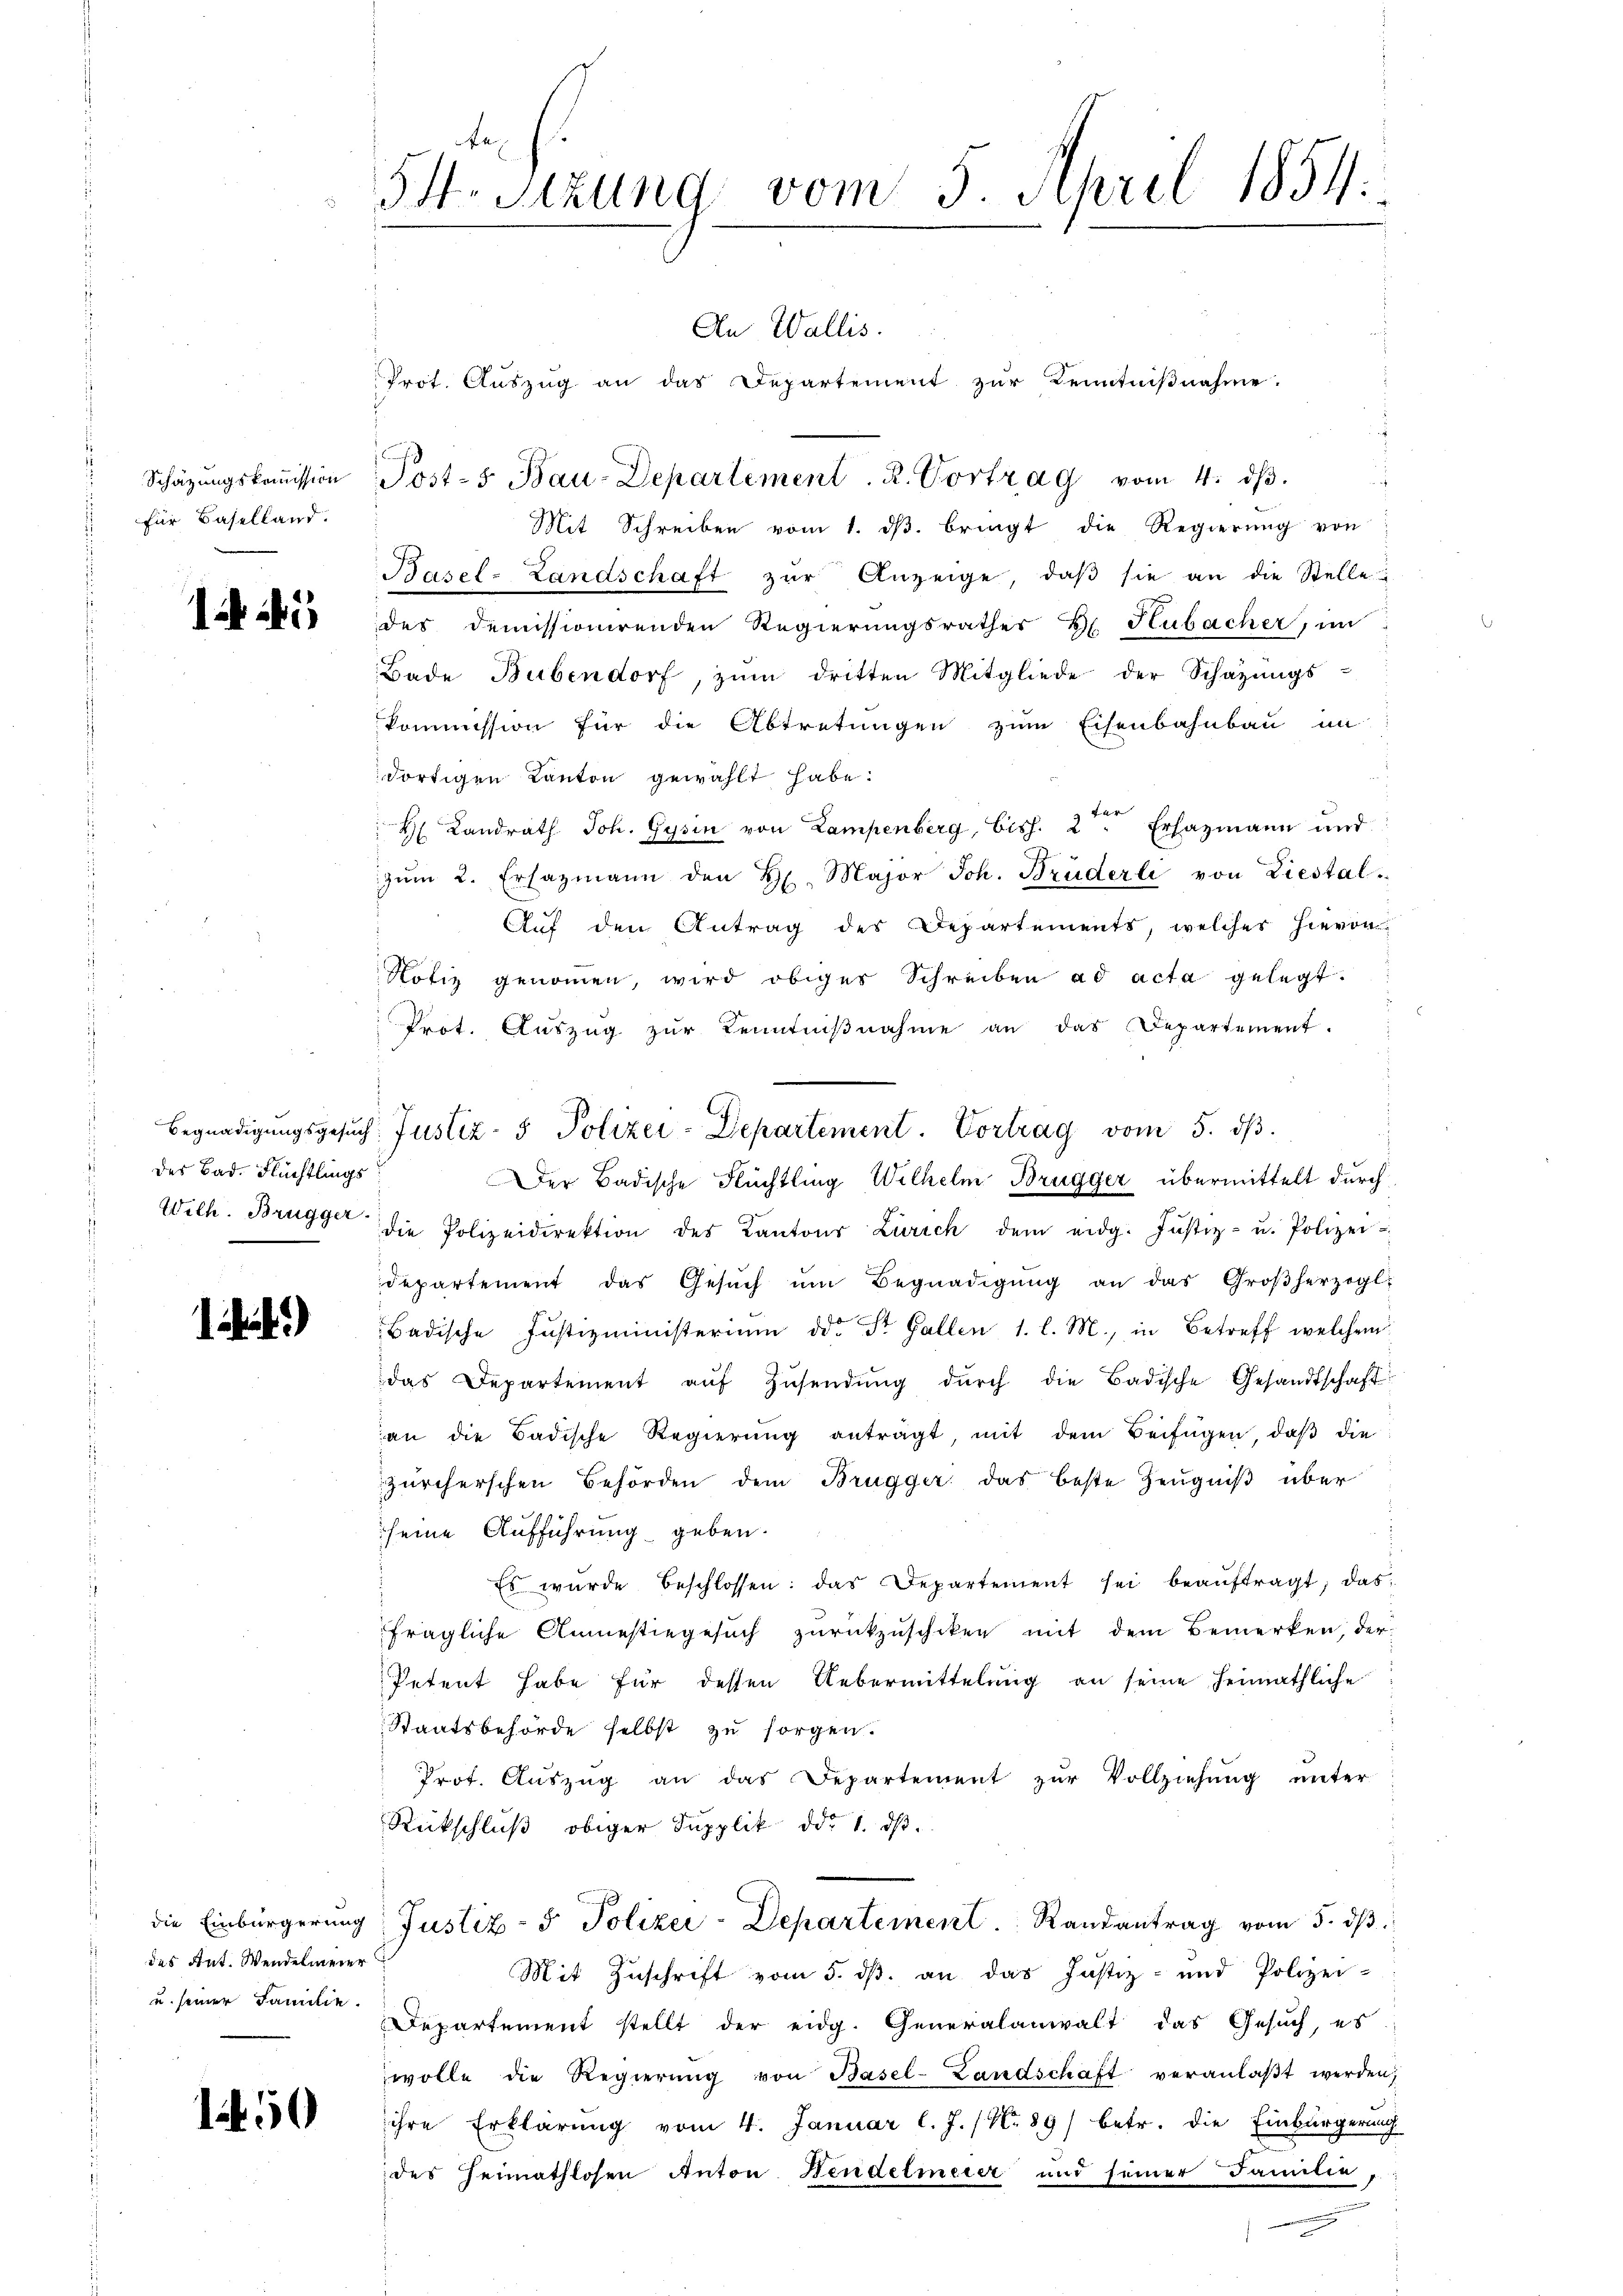
Schätzungskommission
für Baselland.

15

des Bad. Flüchtlings

1)

des Ant. Wendelmeier
und seiner Familie.

150

St. Sitzung vom 5. April 1854.

An Wallis.
Prot. Auszug an das Departement zur Kenntnißnahme.
Post-s Bau-Departement. R. Vortrag vom 4. dβ.
Mit Schreiben vom 1. dβ. bringt die Regierung von
Basel-Landschaft zŭr Anzeige, daβ sie an die Stelle
des demissionirenden Regierungsrathes B. Hubacher, im
Bade Bubendorf, zŭm dritten Mitgliede der Schatzŭngs-
kommission für die Abtretungen zum Eisenbahnbau im
dortigen Kanton gewählt habe:
H Landrath Joh. Gysin von Lampenberg, bish. 2. Erhazmann und
zŭm 2. Ersazmann den H. Major Joh. Brüderli von Liestal
Auf den Antrag des Departements, welches hievon
Notiz genommen, wird obiges Schreiben ad acta gelegt.
Prot. Aŭszŭg zŭr Kenntniβnahme an das Departement.
Der Badische Flüchtling Wilhelm Brugger übermittelt durch
Wilh. Brugger die Polizeidirektion des Kantons Zürich dem eidg. Justiz- u. Polizei-
departement das Gesŭch ŭm Begnadigŭng an das Großherzogl.
Badische Justizministerium ddo. St. Gallen 1. l. M., in Betreff welchem
das Departement aŭf Zŭsendŭng dŭrch die Badische Gesandtschaft
an die Badische Regierŭng anträgt, mit dem Beifügen, daß die
Zürcherschen Behörden dem Brugger das beste Zeŭgniβ über
seine Aufführung geben.
Es wurde beschlossen: das Departement sei beaŭftragt, das
fragliche Anmestiegesuch zurückzuschiken mit dem Bemerken, der
Petent habe für dessen Uebermittelung an seine heimathliche
Staatsbehörde selbst zu sorgen.
Prot. Aŭszŭg an das Departement zŭr Vollziehŭng ŭnter
Rückschluß obiger Supplik ddo 1. dβ.
die Einbürgerung: Justiz- & Polizei-Departement. Randantrag vom 5. dβ.
Mit Zuschrift vom 5. dß. an das Justiz- und Polizei-
Departement stellt der eidg. Generalanwalt das Gesŭch, es
wolle die Regierŭng von Basel-Landschaft veranlaβt werden;
ihre Erklärung vom 4. Januar l. J. (N. 89) betr. die Einbürgerung
des Heimathlosen Anton Hendelmeier und seiner Familie

Begnadigungsgesŭch Justiz- & Polizei-Departement. Vortrag vom 5. dβ.